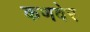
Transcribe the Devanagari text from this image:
कणवेर